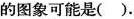
的图象可能是().